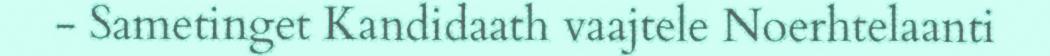
- Sametinget Kandidaath vaajtele Noerhtelaanti